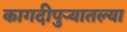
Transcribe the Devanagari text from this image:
कागदीपुर्‍यातल्या